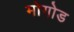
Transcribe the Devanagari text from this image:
मोगोड